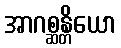
အာဂစ္ဆန္တိယော